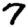
Digit: 7